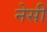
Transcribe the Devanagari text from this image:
नेसी